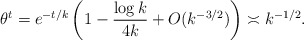
\begin{align*}\theta^t=e^{-t/k}\left( 1-\frac{\log k}{4k}+O(k^{-3/2})\right)\asymp k^{-1/2}.\end{align*}